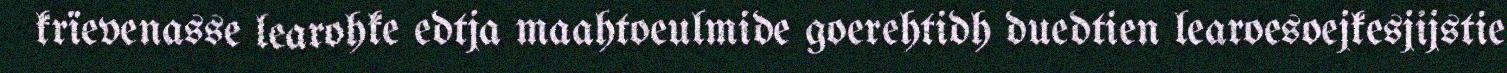
krïevenasse learohke edtja maahtoeulmide goerehtidh duedtien learoesoejkesjijstie